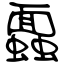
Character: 蠠